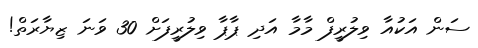
ސަން އަކުއާ ވިލުރީފް މާމާ އަދި ޕާޕާ ވިލުރީފަށް 30 ވަނަ ޒިޔާރަތް!